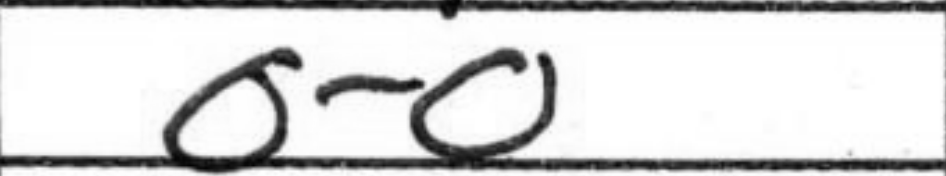
Transcription: O-O